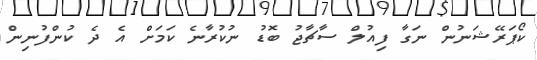
ކޯޕަރޭޝަނުން ނަގާ ފިއުލް ސާޗާޖު ބޮޑު ނުކުރާނެ ކަމަށް އެ ދެ ކުންފުނިން